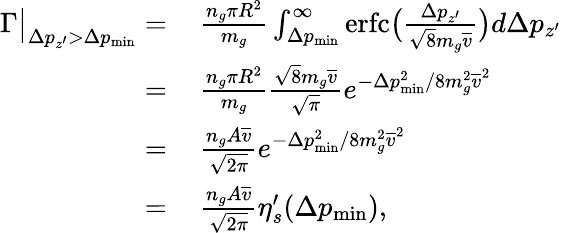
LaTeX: \begin{array}{rl}{\Gamma\big|_{\Delta p_{z^{\prime}}>\Delta p_{\mathrm{min}}}=}&{{}\, \frac{n_{g}\pi R^{2}}{m_{g}}\int_{\Delta p_{\mathrm{min}}}^{\infty}\mathrm{erfc}\big(\frac{\Delta p_{z^{\prime}}}{\sqrt{8}m_{g}\overline{{v}}}\big)d\Delta p_{z^{\prime}}}\\ {=}&{{}\, \frac{n_{g}\pi R^{2}}{m_{g}}\frac{\sqrt{8}m_{g}\overline{{v}}}{\sqrt{\pi}}e^{-\Delta p_{\mathrm{min}}^{2}/8m_{g}^{2}\overline{{v}}^{2}}}\\ {=}&{{}\, \frac{n_{g}A\overline{{v}}}{\sqrt{2\pi}}e^{-\Delta p_{\mathrm{min}}^{2}/8m_{g}^{2}\overline{{v}}^{2}}}\\ {=}&{{}\, \frac{n_{g}A\overline{{v}}}{\sqrt{2\pi}}\eta_{s}^{\prime}(\Delta p_{\mathrm{min}}),}\end{array}